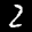
Label: 2